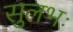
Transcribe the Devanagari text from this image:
सुलभः